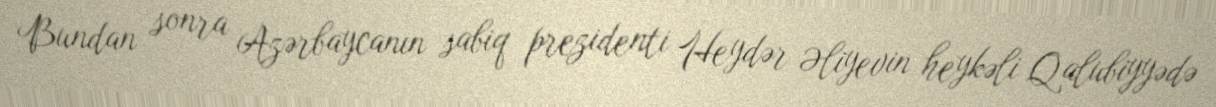
Bundan sonra Azərbaycanın sabiq prezidenti Heydər Əliyevin heykəli Qalubiyyədə